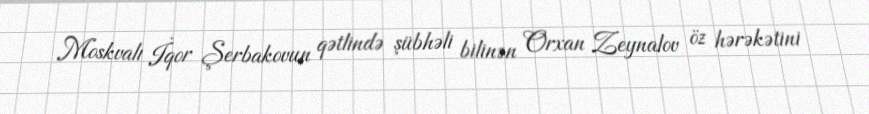
Moskvalı İqor Şerbakovun qətlində şübhəli bilinən Orxan Zeynalov öz hərəkətini